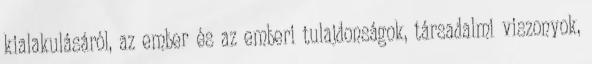
kialakulásáról, az ember és az emberi tulajdonságok, társadalmi viszonyok,